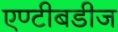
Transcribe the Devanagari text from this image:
एण्टीबडीज